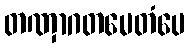
တဏှာဂတမေတံပေ